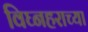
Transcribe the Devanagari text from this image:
विघ्नहराच्या